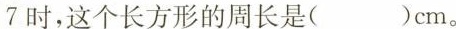
7$$时，这个长方形的周长是( )cm。